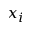
x _ { i }